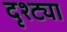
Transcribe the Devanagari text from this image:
दृश्ट्या